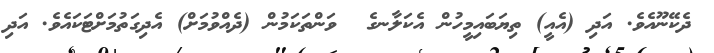
ދެކޭނޫއެވެ. އަދި (އެއީ) ތިޔަބައިމީހުން އެކަލާނގެ  ވަންތަކަމުން (ދެއްވުމަށް) އެދިގަތުމަށްޓަކައެވެ. އަދި